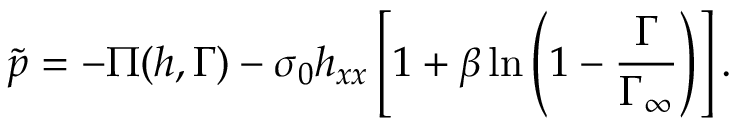
\tilde { p } = - \Pi ( h , \Gamma ) - \sigma _ { 0 } h _ { x x } \left[ 1 + \beta \ln \left( 1 - \frac { \Gamma } { \Gamma _ { \infty } } \right) \right] .